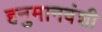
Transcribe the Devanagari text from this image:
हनुमानवंशी